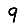
Digit: 9